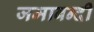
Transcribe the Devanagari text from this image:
जमाबन्दी